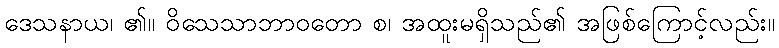
ဒေသနာယ၊ ၏။ ဝိသေသာဘာဝတော စ၊ အထူးမရှိသည်၏ အဖြစ်ကြောင့်လည်း။